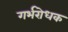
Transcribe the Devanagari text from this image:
गर्भरोधक